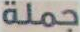
جملة